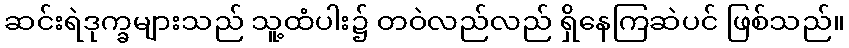
ဆင်းရဲဒုက္ခများသည် သူ့ထံပါး၌ တဝဲလည်လည် ရှိနေကြဆဲပင် ဖြစ်သည်။